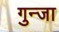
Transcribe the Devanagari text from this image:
गुन्जा